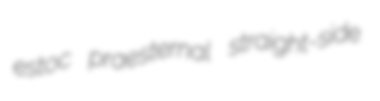
estoc praesternal straight-side